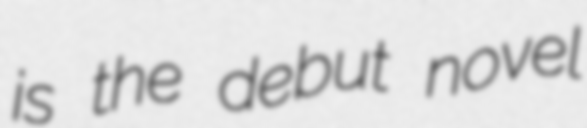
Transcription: is the debut novel